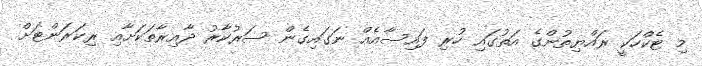
މި ޓެކްހަކީ ރައްޔިތުންގެ އަތުގައި ހުރި ފައިސާއެއް ނަގައިގެން ސަރުކާރު ދާއިރާތަކަށާއި ރިކަރަންޓަށް